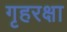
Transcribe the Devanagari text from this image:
गृहरक्षा